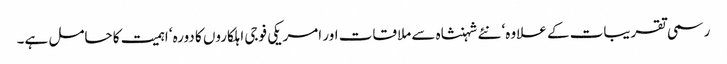
رسمی تقریبات کے علاوہ‘ نئے شہنشاہ سے ملاقات اور امریکی فوجی اہلکاروں کا دورہ‘ اہمیت کا حامل ہے۔